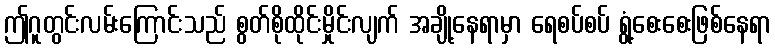
ဤဂူတွင်းလမ်းကြောင်းသည် စွတ်စိုထိုင်းမှိုင်းလျက် အချို့နေရာမှာ ရေစပ်စပ် ရွံ့စေးစေးဖြစ်နေရာ